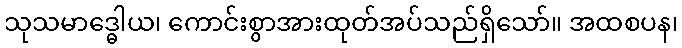
သုသမာဒ္ဓေါယ၊ ကောင်းစွာအားထုတ်အပ်သည်ရှိသော်။ အထစပန၊